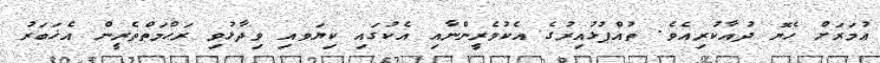
ޢުމަރަށް ހެޔޮ ދުޢާކުރިއެވެ. ތުއްޕުޅުއިރުގެ އެކުވެރީންނާއި އެކުގައި ކިޔަވއި ވިދާޅުވި ރަޙްމަތްތެރީން އެޚަބަރު